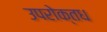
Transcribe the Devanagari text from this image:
उपरोक्तध